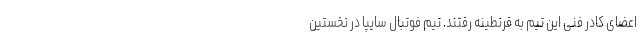
اعضای کادر فنی این تیم به قرنطینه رفتند. تیم فوتبال سایپا در نخستین